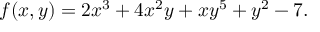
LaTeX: f ( x , y ) = 2 x ^ { 3 } + 4 x ^ { 2 } y + x y ^ { 5 } + y ^ { 2 } - 7 .